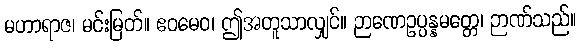
မဟာရာဇ၊ မင်းမြတ်။ ဧဝမေဝ၊ ဤအတူသာလျှင်။ ဉာဏေဥပ္ပန္နမတ္တေ၊ ဉာဏ်သည်။